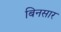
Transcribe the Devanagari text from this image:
बिनसार